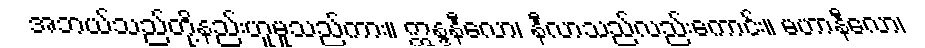
အဘယ်သည်တို့နည်းဟူမူသည်ကား။ ဣန္ဒနီလော၊ နီလာသည်လည်းကောင်း။ မဟာနီလော၊